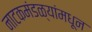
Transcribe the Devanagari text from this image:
नाटकमंडळ्यांमधून